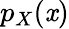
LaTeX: p_{X}{\left(\mathit{x}\right)}